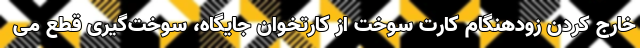
خارج کردن زودهنگام کارت سوخت از کارتخوان جایگاه، سوخت‌گیری قطع می